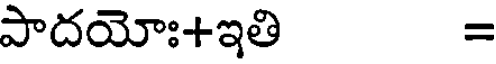
పాదయోః+ఇతి =